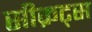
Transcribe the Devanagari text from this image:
सीक्रट्स